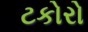
ટકોરો